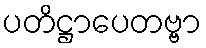
ပတိဋ္ဌာပေတဗ္ဗာ